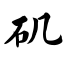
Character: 矶